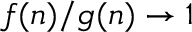
f ( n ) / g ( n ) \to 1